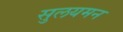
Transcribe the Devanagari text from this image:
सुलयमन